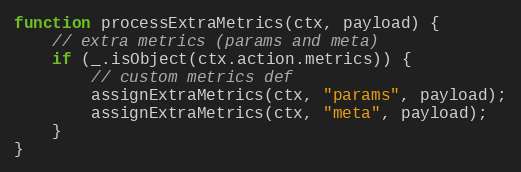
Language: JavaScript
function processExtraMetrics(ctx, payload) {
	// extra metrics (params and meta)
	if (_.isObject(ctx.action.metrics)) {
		// custom metrics def
		assignExtraMetrics(ctx, "params", payload);
		assignExtraMetrics(ctx, "meta", payload);
	}
}